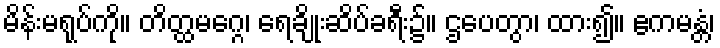
မိန်းမရုပ်ကို။ တိတ္ထမဂ္ဂေ၊ ရေချိုးဆိပ်ခရီး၌။ ဌပေတွာ၊ ထား၍။ ဧကမန္တံ၊